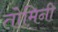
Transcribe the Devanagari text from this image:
तोमिनी